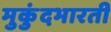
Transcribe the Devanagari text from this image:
मुकुंदभारती